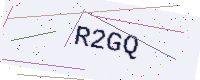
Text: R2GQ